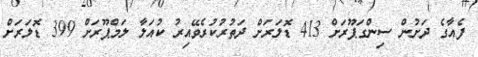
ފެއާގެ ދަށުން ސިންގަޕޫރަށް 413 ޑޮލަރަށް ދަތުރުކުރެވޭއިރު ކުއަލާާ ލަމްޕޫރަށް 399 ޑޮލަރަށް